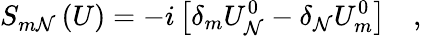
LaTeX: S_{m\mathcal{N}}\left(U\right)=-i\left[\delta_{m}U_{\mathcal{N}}^{0}-\delta_{\mathcal{N}}U_{m}^{0}\right]\quad,